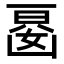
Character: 𭂾